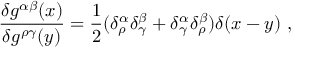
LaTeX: \frac { \delta g ^ { \alpha \beta } ( x ) } { \delta g ^ { \rho \gamma } ( y ) } = \frac { 1 } { 2 } ( \delta _ { \rho } ^ { \alpha } \delta _ { \gamma } ^ { \beta } + \delta _ { \gamma } ^ { \alpha } \delta _ { \rho } ^ { \beta } ) \delta ( x - y ) \ ,